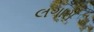
લગારી